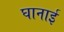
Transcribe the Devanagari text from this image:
घानाई